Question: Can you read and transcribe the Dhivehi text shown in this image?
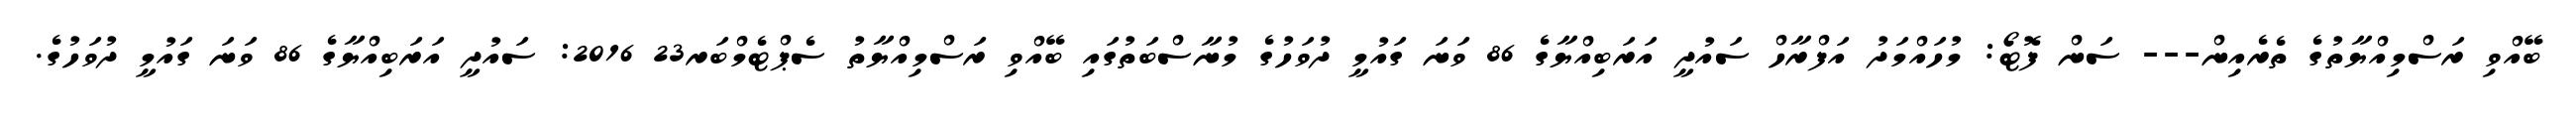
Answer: ބޭއްވި ރަސްމިއްޔާތުގެ ތެރެއިން--- ސަން ފޮޓޯ: މުހައްމަދު އަފްރާހް ސައުދީ އަރަބިއްޔާގެ 86 ވަނަ ގައުމީ ދުވަހުގެ މުނާސްބަތުގައި ބޭއްވި ރަސްމިއްޔާތު ސެޕްޓެމްބަރ23 2016: ސައުދީ އަރަބިއްޔާގެ 86 ވަނަ ގައުމީ ދުވަހުގެ.